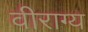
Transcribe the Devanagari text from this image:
वीराग्य